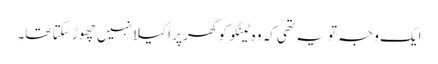
ایک وجہ تو یہ تھی کہ وہ ٹینگو کو گھر پر اکیلا نہیں چھوڑ سکتا تھا۔